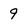
Character: 9